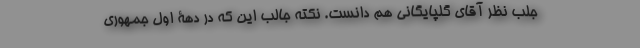
جلب نظر آقای گلپایگانی هم دانست. نکته جالب این که در دهۀ اول جمهوری